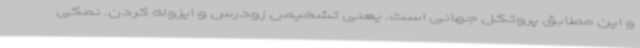
و این مطابق پروتکل جهانی است. یعنی تشخیص زودرس و ایزوله کردن. نمکی